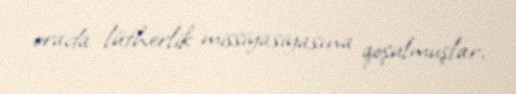
orada lütherlik missiyasiyasına qoşulmuşlar.